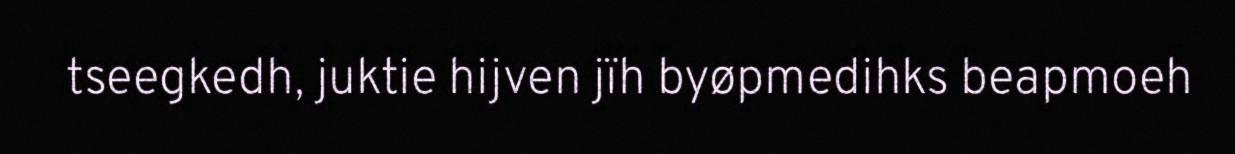
tseegkedh, juktie hijven jïh byøpmedihks beapmoeh